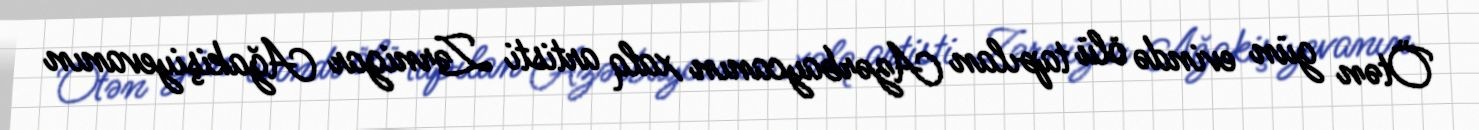
Ötən gün evində ölü tapılan Azərbaycanın xalq artisti Zərnigar Ağakişiyevanın